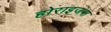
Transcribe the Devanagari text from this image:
होराइजंस